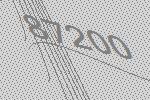
87200